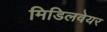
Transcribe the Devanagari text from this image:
मिडिलवेयर